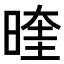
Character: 𭦭